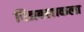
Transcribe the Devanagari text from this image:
चित्रबलाकला